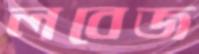
লবেজ